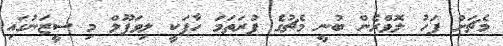
މެޗަށް ފަހު ލޮވްރެން ބުނީ މެޗުގެ ފުރަތަމަ ހާފަކީ ލިވަޕޫލް މި ސީޒަނުގައި